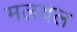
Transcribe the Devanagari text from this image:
मलयल